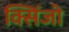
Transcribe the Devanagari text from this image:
क्सिंजो